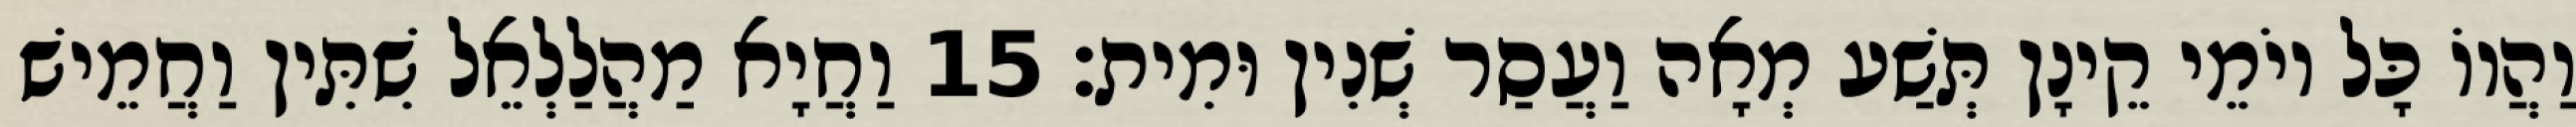
וַהֲווֹ כָּל יוֹמֵי קֵינָן תְּשַׁע מְאָה וַעֲסַר שְׁנִין וּמִית׃ 15 וַחֲיָא מַהֲלַלְאֵל שִׁתִּין וַחֲמֵישׁ